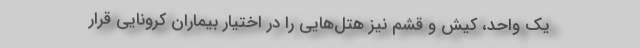
یک واحد، کیش و قشم نیز هتل‌هایی را در اختیار بیماران کرونایی قرار